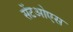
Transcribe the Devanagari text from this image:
सेंटओएस